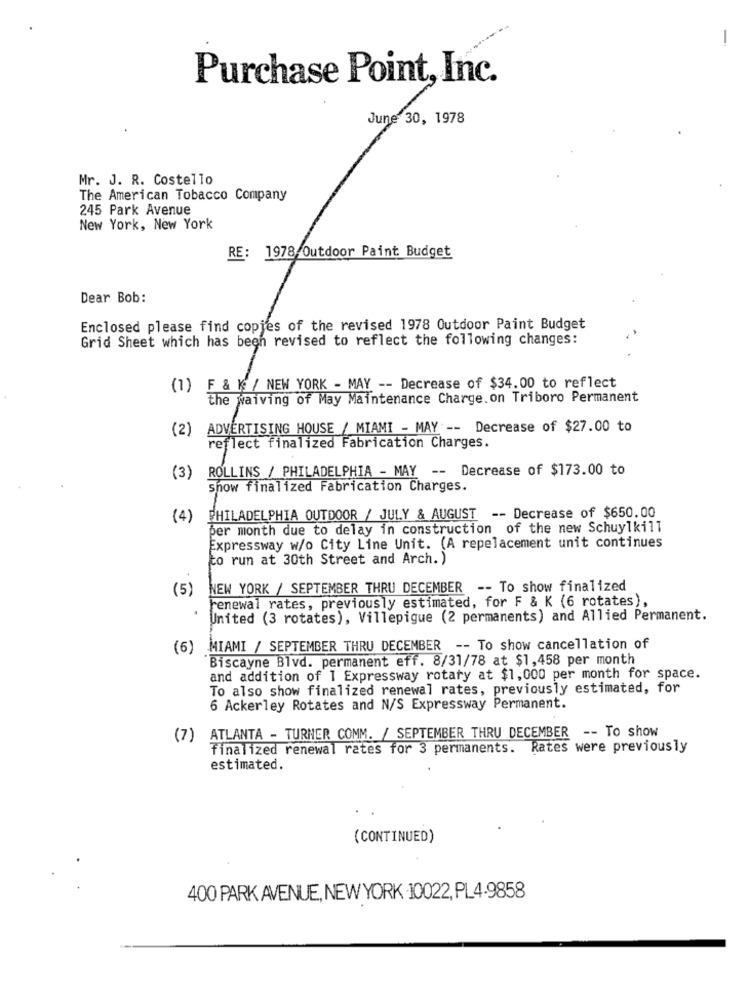
-
Purchase Point, Inc.
June 30, 1978
Mr. J. R. Costello
The American Tobacco Company
245 Park Avenue
New York, New York
RE: 1978/Outdoor Paint Budget
Dear Bob:
Enclosed please find copies of the revised 1978 Outdoor Paint Budget
Grid Sheet which has been revised to reflect the following changes:
(1) F & K / NEW YORK - MAY -- Decrease of $34.00 to reflect
the waiving of May Maintenance Charge. on Triboro Permanent
(2)
ADVERTISING HOUSE / MIAMI - MAY -- Decrease of $27.00 to
reflect finalized Fabrication Charges.
ROLLINS / PHILADELPHIA - MAY -- Decrease of $173.00 to
(3)
Show finalized Fabrication Charges.
(4)
PHILADELPHIA OUTDOOR / JULY & AUGUST -- Decrease of $650.00
per month due to delay in construction of the new Schuylkill
Expressway w/o City Line Unit. (A repelacement unit continues
to run at 30th Street and Arch. )
(5)
NEW YORK / SEPTEMBER THRU DECEMBER -- To show finalized
renewal rates, previously estimated, for F & K (6 rotates),
United (3 rotates), Villepigue (2 permanents) and Allied Permanent.
(6)
MIAMI / SEPTEMBER THRU DECEMBER -- To show cancellation of
Biscayne Blvd. permanent eff. 8/31/78 at $1,458 per month
and addition of 1 Expressway rotary at $1,000 per month for space.
To also show finalized renewal rates, previously estimated, for
6 Ackerley Rotates and N/S Expressway Permanent.
(7) ATLANTA - TURNER COMM. / SEPTEMBER THRU DECEMBER -- To show
finalized renewal rates for 3 permanents. Rates were previously
estimated.
(CONTINUED)
400 PARK AVENUE, NEW YORK 10022, PL4-9858